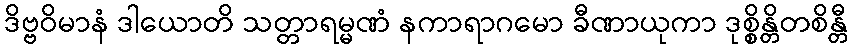
ဒိဗ္ဗဝိမာနံ ဒါယောတိ သတ္တာရမ္မဏံ နကာရာဂမော ခီဏာယုကာ ဒုစ္စိန္တိတစိန္တီ